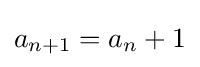
a_{n+1}=a_{n}+1